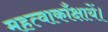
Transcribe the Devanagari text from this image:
महत्वाकाँक्षायें।